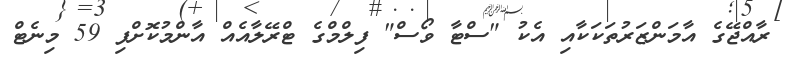
ރާއްޖޭގެ އާމަންޒަރުތަކަކާއި އެކު "ސްޓާ ވޯސް" ފިލްމްގެ ޓްރޭލާއެއް އާންމުކޮށްފި 59 މިނެޓް